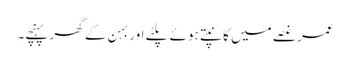
عمر غصے میں کانپتے ہوئے پلٹے اور بہن کے گھر پہنچے۔